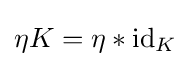
\eta K=\eta *\mathrm {id} _{K}